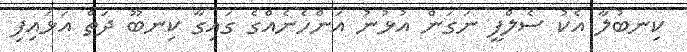
ކިނބުލާ އެކު ސެލްފީ ނަގަން އުޅުނު އަންހެނެއްގެ ގައިގާ ކިނބޫ ދަތް އަޅައިފި